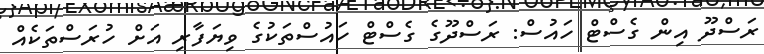
ރަސްދޫ އިން ގެސްޓް ހައުސް: ރަސްދޫގެ ގެސްޓް ހައުސްތަކުގެ ވިޔަފާރި އަށް ހުރަސްތަކެއް